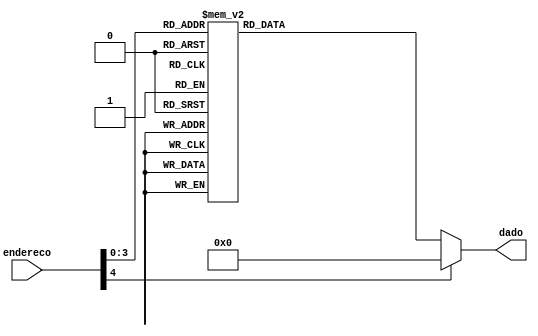
module ROM( endereco, dado );
	input [4:0] endereco;
	output [7:0] dado;

	reg [7:0] dado;
	
	always @*
		case (endereco)
			5'd0: dado = 8'b0001_0011;
			5'd1: dado = 8'b0001_0101;
			5'd2: dado = 8'b0001_0110;
			5'd3: dado = 8'b0000_0100;
			5'd4: dado = 8'b0100_1000;
			5'd5: dado = 8'b0000_0100;
			5'd6: dado = 8'b0000_0010;
			5'd7: dado = 8'b0000_1100;
			5'd8: dado = 8'b0011_0111;
			5'd9: dado = 8'b1010_0101;

			default: dado = 8'd0;
		endcase

endmodule